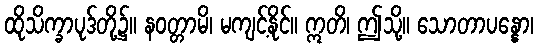
ထိုသိက္ခာပုဒ်တို့၌။ နဝတ္တာမိ၊ မကျင့်နိုင်။ ဣတိ၊ ဤသို့။ သောတာပန္နော၊